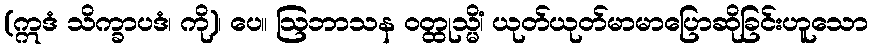
(ဣဒံ သိက္ခာပဒံ၊ ကို)၊ ပေ။ ဩဘာသန ဝတ္ထုသ္မိံ၊ ယုတ်ယုတ်မာမာပြောဆိုခြင်းဟူသော